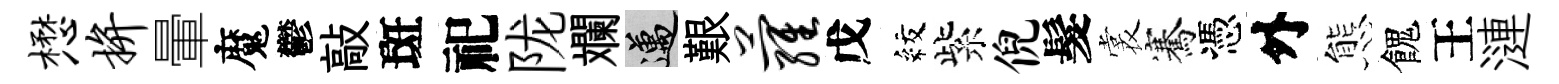
懋拚暈魔鬱敲斑祀陇斕邁艱萝戊紋紫倪髮裳騫憑外態餽王漣